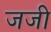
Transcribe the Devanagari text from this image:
जजी